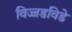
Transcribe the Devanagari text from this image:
विज्जडविडे